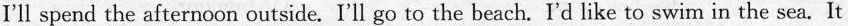
I'll spend the afternoon outside. I'll go to the beach.I'd like to swim in the sea . It